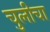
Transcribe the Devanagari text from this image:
चुलीचा